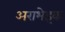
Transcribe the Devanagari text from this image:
अराभेइक